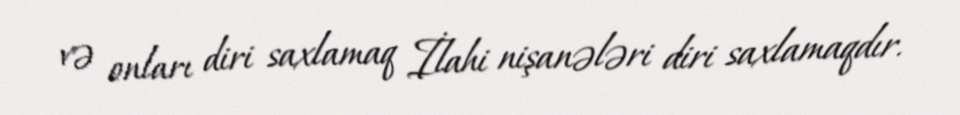
və onları diri saxlamaq İlahi nişanələri diri saxlamaqdır.